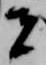
者